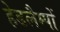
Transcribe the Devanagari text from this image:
हेडलैम्पों